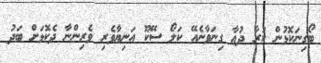
ބޯގިނަކޮޅުން ކުރާ ދުޢާ ގިނަވާނެއޭ ކަލޯ ސޭކޫ އަނިޔާވެރި ވެރިންނާ ދެކޮޅަށް ބަދު